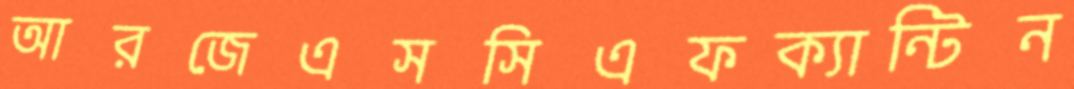
আরজেএসসিএফক্যান্টিন